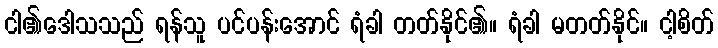
ငါ၏ဒေါသသည် ရန်သူ ပင်ပန်းအောင် ရံခါ တတ်နိုင်၏။ ရံခါ မတတ်နိုင်။ ငါ့စိတ်